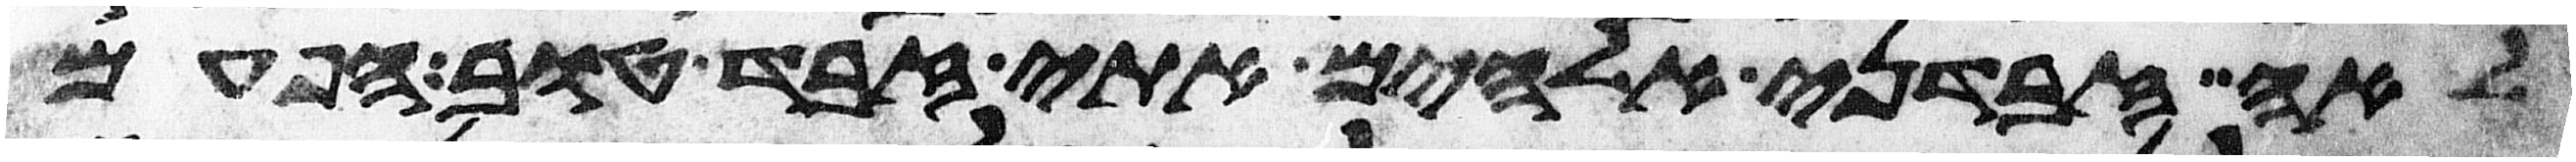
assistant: לאה זבדני אלהים אתי זבד טוב הפעם